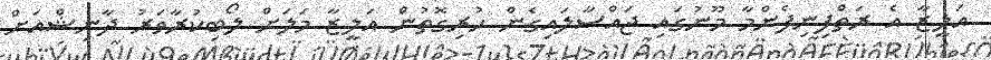
އަލީޒާ އެ ރަތްފިނިފެންމާ މޫނުގައި ޖައްސާލައިގެން ހުރިގޮތުން އަލީޒާ މަލަށް ލޯބިކުރާވަރު ދާނިޝްއަށް